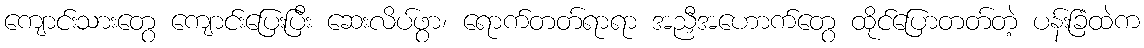
ကျောင်းသားတွေ ကျောင်းပြေးပြီး ဆေးလိပ်ဖွာ၊ ရောက်တတ်ရာရာ အညှီအဟောက်တွေ ထိုင်ပြောတတ်တဲ့ ပန်းခြံထဲက